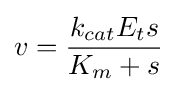
v={\frac {k_{cat}E_{t}s}{K_{m}+s}}